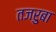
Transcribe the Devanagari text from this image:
तजरुबा